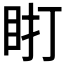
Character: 𰥗